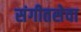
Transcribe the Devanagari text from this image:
संगीतसेवा